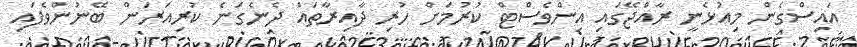
އައިސްގެން މިއުޅެނީ ރާއްޖޭގައި އިންވެސްޓް ކުރުމަށް ހުރި ދާއިރާތައް ދެނެގަނެ ކުރިއަރަން ބޭނުންވެފައި